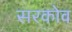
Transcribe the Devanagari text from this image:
सरकोव